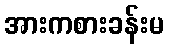
အားကစားခန်းမ